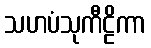
သဟပံသုကီဠိကာ